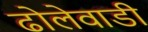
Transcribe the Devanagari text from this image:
ढोलेवाडी